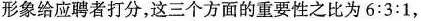
形象给应聘者打分，这三个方面的重要性之比为6:3:1，